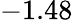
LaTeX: -1.48